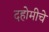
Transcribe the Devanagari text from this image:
दहोमीचे